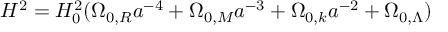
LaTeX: { H ^ { 2 } } = H _ { 0 } ^ { 2 } ( \Omega _ { 0 , R } a ^ { - 4 } + \Omega _ { 0 , M } a ^ { - 3 } + \Omega _ { 0 , k } a ^ { - 2 } + \Omega _ { 0 , \Lambda } )